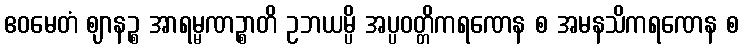
ဧဝမေတံ ဈာနဉ္စ အာရမ္မဏဉ္စာတိ ဥဘယမ္ပိ အပ္ပဝတ္တိကရဏေန စ အမနသိကရဏေန စ